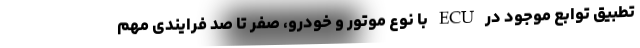
تطبیق توابع موجود در ECU با نوع موتور و خودرو، صفر تا صد فرایندی مهم